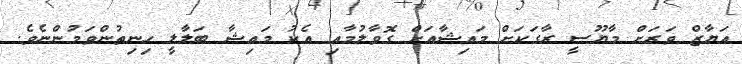
އަޔާޒް ވަރަށް މާޔޫސީ ރާގަކަށް މައިޝާއަށް ގޮވާލުމާއި އެކު މައިޝާ ބަލާލީ ހިނިތުންވަމުންނެވެ.